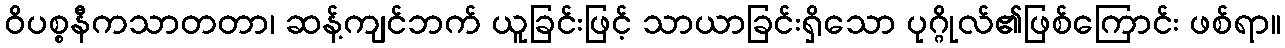
ဝိပစ္စနီကသာတတာ၊ ဆန့်ကျင်ဘက် ယူခြင်းဖြင့် သာယာခြင်းရှိသော ပုဂ္ဂိုလ်၏ဖြစ်ကြောင်း ဖစ်ရာ။